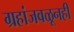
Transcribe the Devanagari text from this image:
ग्रहांजवळूनही